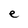
Character: e